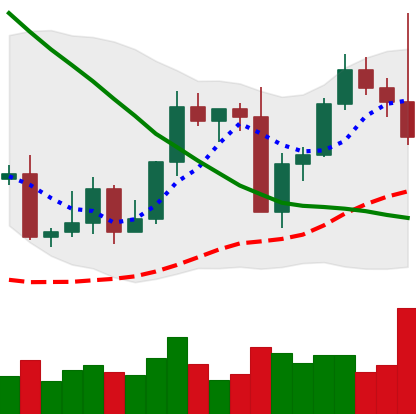
Ticker: LTC-USD
Chart end date: 2022-09-13
Forward return: -10.589%
Label: down_7plus